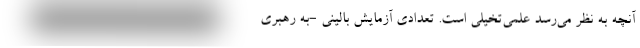
آنچه به نظر می‌رسد علمی‌تخیلی است. تعدادی آزمایش بالینی -به رهبری